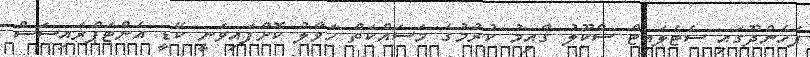
ފެހެންދޫގައި ސެޓެލައިޓް ސްކޫލު ގާއިމު ކުރުމުގެ މަސައްކަތް ހަވާލު ކޮށްފައިވަނީ ކޭޑީ އެންޓަޕްރައިސަސް